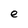
Character: e